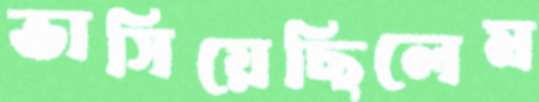
ভাসিয়েছিলেম